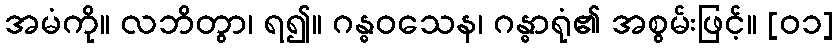
အမံကို။ လဘိတွာ၊ ရ၍။ ဂန္ဓဝသေန၊ ဂန္ဓာရုံ၏ အစွမ်းဖြင့်။ [၀၁]